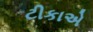
ટીકાએ